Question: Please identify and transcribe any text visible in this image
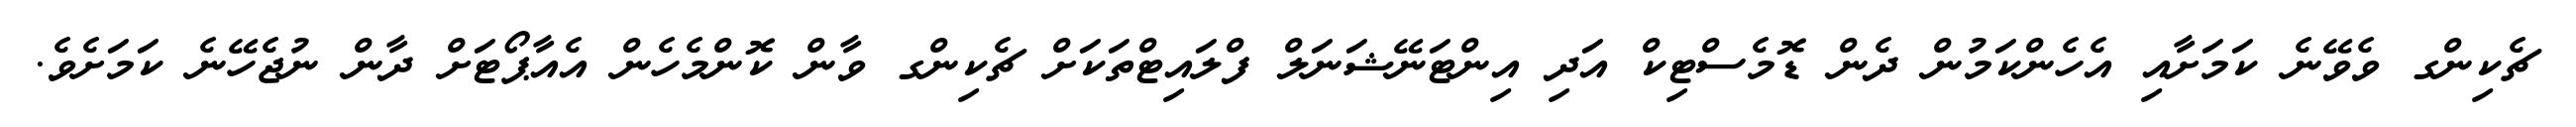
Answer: ޗެކިންގ ވެވޭނެ ކަމަށާއި އެހެންކަމުން ދެން ޑޮމެސްޓިކް އަދި އިންޓަނޭޝަނަލް ފްލައިޓްތަކަށް ޗެކިންގ ވާން ކޮންމެހެން އެއާޕޯޓަށް ދާން ނުޖެހޭނެ ކަމަށެވެ.